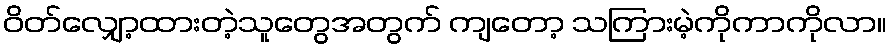
ဝိတ်လျှော့ထားတဲ့သူတွေအတွက် ကျတော့ သကြားမဲ့ကိုကာကိုလာ။